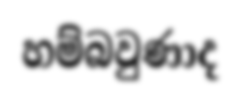
හම්බවුණාද